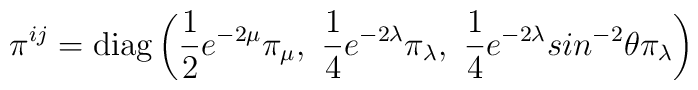
\pi^{ij} = \mbox{diag}\left( \frac{1}{2} e^{-2\mu}\pi_{\mu},~\frac{1}{4} e^{-2\lambda}\pi_{\lambda},~\frac{1}{4} e^{-2\lambda}sin^{-2}\theta \pi_{\lambda} \right)